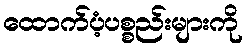
ထောက်ပံ့ပစ္စည်းများကို